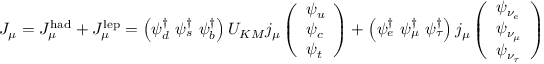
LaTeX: J _ { \mu } = J _ { \mu } ^ { \mathrm { h a d } } + J _ { \mu } ^ { \mathrm { l e p } } = \left( \psi _ { d } ^ { \dagger } \, \, \psi _ { s } ^ { \dagger } \, \, \psi _ { b } ^ { \dagger } \right) U _ { K M } j _ { \mu } \left( \begin{array} { l } { { \psi _ { u } } } \\ { { \psi _ { c } } } \\ { { \psi _ { t } } } \end{array} \right) + \left( \psi _ { e } ^ { \dagger } \, \, \psi _ { \mu } ^ { \dagger } \, \, \psi _ { \tau } ^ { \dagger } \right) j _ { \mu } \left( \begin{array} { l } { { \psi _ { \nu _ { e } } } } \\ { { \psi _ { \nu _ { \mu } } } } \\ { { \psi _ { \nu _ { \tau } } } } \end{array} \right)